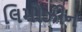
લિમોઝીન